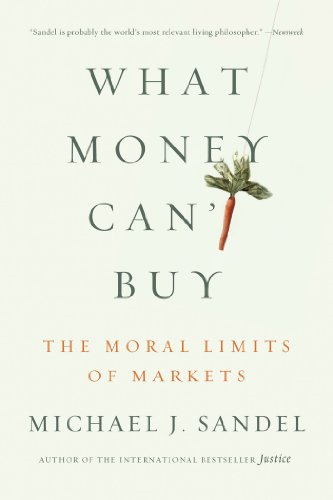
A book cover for What Money Can't Buy: The Moral Limits of Markets; Michael J. Sandel; Business & Money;